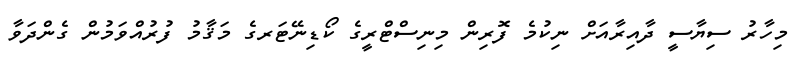
މިހާރު ސިޔާސީ ދާއިރާއަށް ނިކުމެ ފޮރިން މިނިސްޓްރީގެ ކޯޑިނޭޓަރގެ މަޤާމު ފުރުއްވަމުން ގެންދަވާ